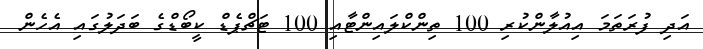
އަދި ފުރަތަމަ އިއުލާންކުރި 100 ތިންކްލައިންޓާއި 100 ޓަޗްޕެޑް ކީބޯޑްގެ ބަދަލުގައި އެހެން